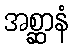
အစ္ဆာနံ